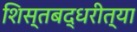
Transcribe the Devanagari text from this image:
शिस्तबद्धरीत्या